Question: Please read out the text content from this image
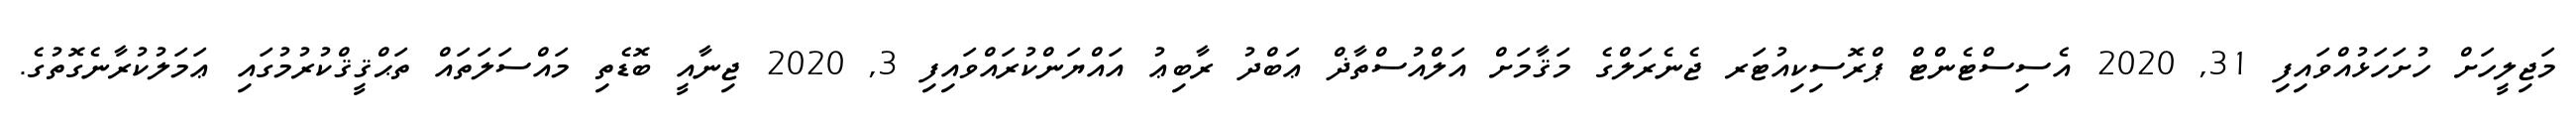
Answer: މަޖިލީހަށް ހުށަހަޅުއްވައިފި 31, 2020 އެސިސްޓެންޓް ޕްރޮސިކިއުޓަރ ޖެނެރަލްގެ މަޤާމަށް އަލްއުސްތާޛް ޢަބްދު ރާބިޢު އައްޔަންކުރައްވައިފި 3, 2020 ޖިނާއީ ބޮޑެތި މައްސަލަތައް ތަޙްޤީޤްކުރުމުގައި ޢަމަލުކުރާނެގޮތުގެ.